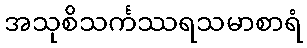
အသုစိသင်္ကဿရသမာစာရံ